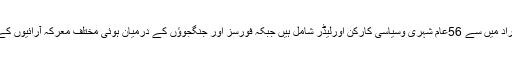
رپورٹ میں بتایا گیا ہے کہ ’’ 233افراد میں سے 56عام شہری وسیاسی کارکن اورلیڈر شامل ہیں جبکہ فورسز اور جنگجوؤں کے درمیان ہوئی مختلف معرکہ آرائیوں کے دوران100جنگجو جاں بحق ہوئے‘‘۔